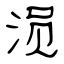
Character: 涢